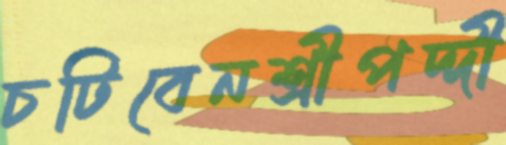
চটিবেনশ্রীপদ্দী